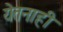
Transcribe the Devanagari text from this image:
येतनाही